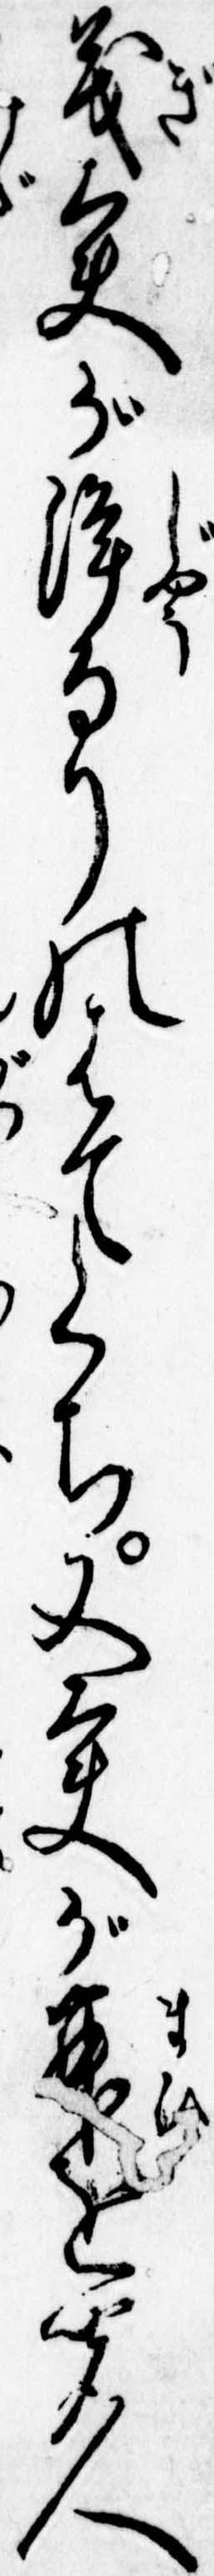
義太夫が浄るりのはてくち又太夫が舞を聞人